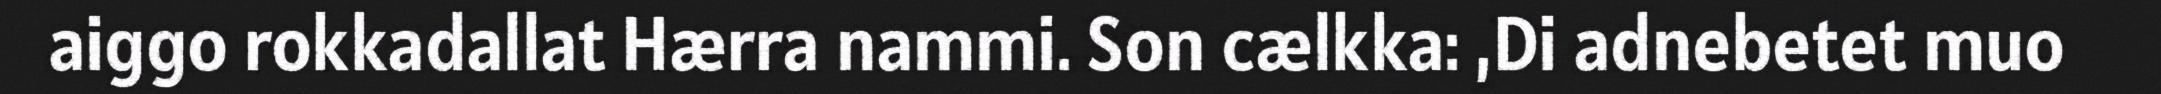
aiggo rokkadallat Hærra nammi. Son cælkka: ,Di adnebetet muo